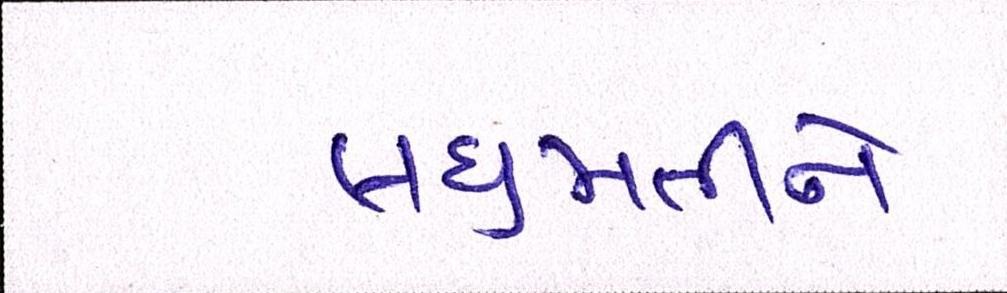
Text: લઘુમતીને